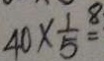
4 0 \times \frac { 1 } { 5 } = 8